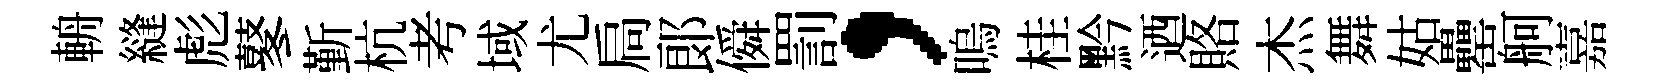
輈縫彪鼕斳杭考域尤扃郞僢罰，嗚桂黔迺賂杰舞姑罍舸嘉